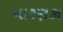
નારણકા